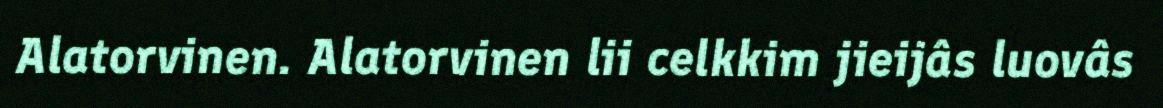
Alatorvinen. Alatorvinen lii celkkim jieijâs luovâs